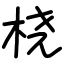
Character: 桡